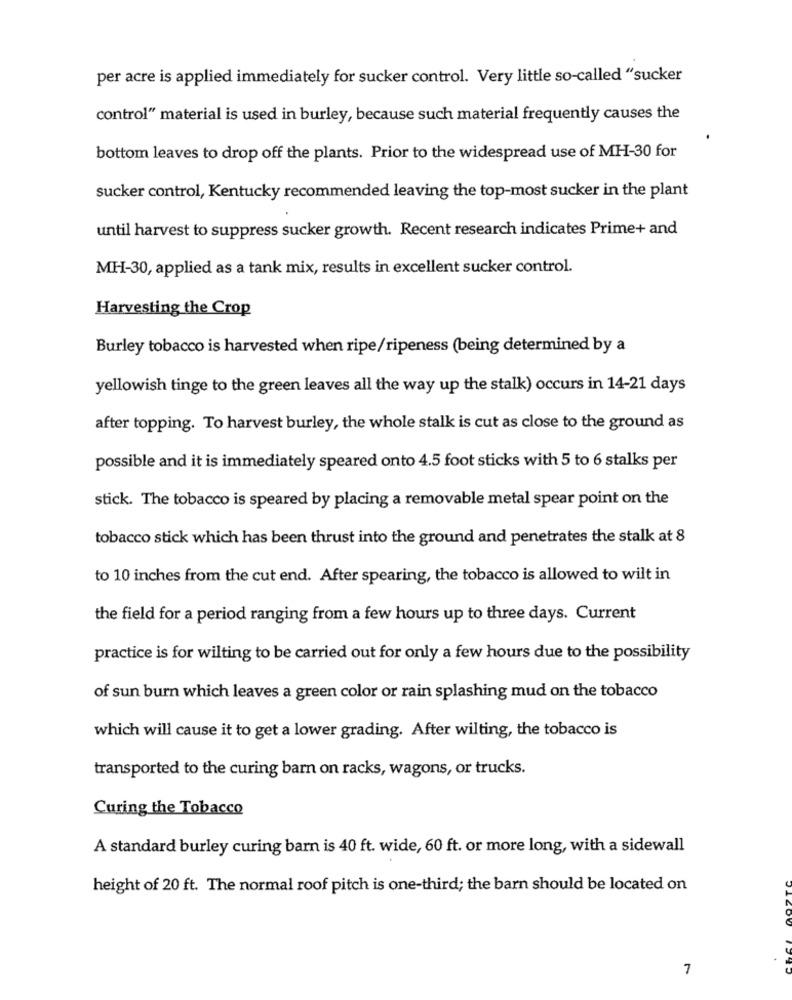
per acre is applied immediately for sucker control. Very little so-called "sucker
control" material is used in burley, because such material frequently causes the
bottom leaves to drop off the plants. Prior to the widespread use of MH-30 for
sucker control, Kentucky recommended leaving the top-most sucker in the plant
until harvest to suppress sucker growth. Recent research indicates Prime+ and
MH-30, applied as a tank mix, results in excellent sucker control.
Harvesting the Crop
Burley tobacco is harvested when ripe/ripeness (being determined by a
yellowish tinge to the green leaves all the way up the stalk) occurs in 14-21 days
after topping. To harvest burley, the whole stalk is cut as close to the ground as
possible and it is immediately speared onto 4.5 foot sticks with 5 to 6 stalks per
stick. The tobacco is speared by placing a removable metal spear point on the
tobacco stick which has been thrust into the ground and penetrates the stalk at 8
to 10 inches from the cut end. After spearing, the tobacco is allowed to wilt in
the field for a period ranging from a few hours up to three days. Current
practice is for wilting to be carried out for only a few hours due to the possibility
of sun burn which leaves a green color or rain splashing mud on the tobacco
which will cause it to get a lower grading. After wilting, the tobacco is
transported to the curing barn on racks, wagons, or trucks.
Curing the Tobacco
A standard burley curing barn is 40 ft. wide, 60 ft. or more long, with a sidewall
height of 20 ft. The normal roof pitch is one-third; the barn should be located on
7